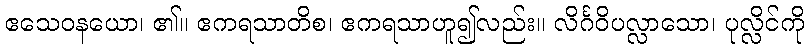
ဧသေဝနယော၊ ၏။ ဧကရသာတိစ၊ ဧကရသာဟူ၍လည်း။ လိင်္ဂဝိပလ္လာသော၊ ပုလ္လိင်ကို